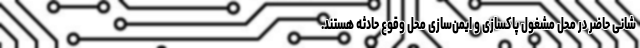
‌شانی حاضر در محل مشغول پاکسازی و ایمن‌سازی محل وقوع حادثه هستند.